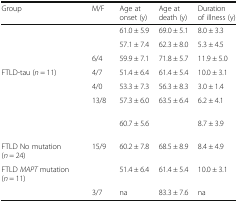
<table><thead><tr><td><b>Group</b></td><td><b>M/F</b></td><td><b>Age at onset (y)</b></td><td><b>Age at death (y)</b></td><td><b>Duration of illness (y)</b></td></tr></thead><tbody><tr><td>[EMPTY_CELL]</td><td>[EMPTY_CELL]</td><td>61.0 ± 5.9</td><td>69.0 ± 5.1</td><td>8.0 ± 3.3</td></tr><tr><td>[EMPTY_CELL]</td><td>[EMPTY_CELL]</td><td>57.1 ± 7.4</td><td>62.3 ± 8.0</td><td>5.3 ± 4.5</td></tr><tr><td>[EMPTY_CELL]</td><td>6/4</td><td>59.9 ± 7.1</td><td>71.8 ± 5.7</td><td>11.9 ± 5.0</td></tr><tr><td>FTLD-tau (<i>n</i> = 11)</td><td>4/7</td><td>51.4 ± 6.4</td><td>61.4 ± 5.4</td><td>10.0 ± 3.1</td></tr><tr><td>[EMPTY_CELL]</td><td>4/0</td><td>53.3 ± 7.3</td><td>56.3 ± 8.3</td><td>3.0 ± 1.4</td></tr><tr><td>[EMPTY_CELL]</td><td>13/8</td><td>57.3 ± 6.0</td><td>63.5 ± 6.4</td><td>6.2 ± 4.1</td></tr><tr><td>[EMPTY_CELL]</td><td>[EMPTY_CELL]</td><td>60.7 ± 5.6</td><td>[EMPTY_CELL]</td><td>8.7 ± 3.9</td></tr><tr><td>FTLD No mutation (<i>n</i> = 24)</td><td>15/9</td><td>60.2 ± 7.8</td><td>68.5 ± 8.9</td><td>8.4 ± 4.9</td></tr><tr><td>FTLD <i>MAPT</i> mutation (<i>n</i> = 11)</td><td>[EMPTY_CELL]</td><td>51.4 ± 6.4</td><td>61.4 ± 5.4</td><td>10.0 ± 3.1</td></tr><tr><td>[EMPTY_CELL]</td><td>3/7</td><td>na</td><td>83.3 ± 7.6</td><td>na</td></tr></tbody></table>